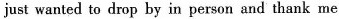
just wanted to dop by in person end thank me